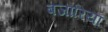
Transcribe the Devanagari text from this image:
बजारिया